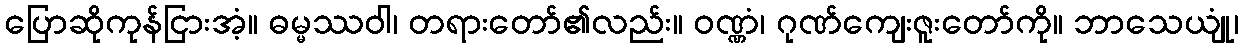
ပြောဆိုကုန်ငြားအံ့။ ဓမ္မဿဝါ၊ တရားတော်၏လည်း။ ဝဏ္ဏံ၊ ဂုဏ်ကျေးဇူးတော်ကို။ ဘာသေယျုံ၊